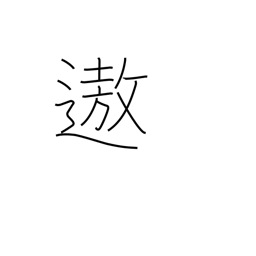
Meaning: enjoyment